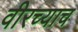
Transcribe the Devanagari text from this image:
वीरच्याच